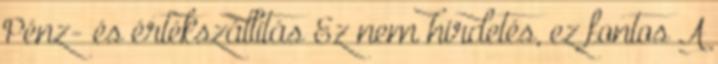
Pénz- és értékszállítás Ez nem hirdetés, ez fontos A